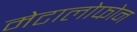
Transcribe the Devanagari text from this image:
मेटालोफोन